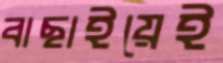
বাছাইয়েই